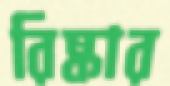
রিষ্কার